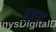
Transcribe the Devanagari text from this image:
पुत्रक